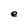
Character: e